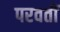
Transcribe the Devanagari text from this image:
परवतीं